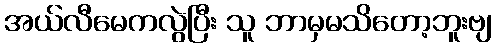
အယ်လီမေကလွဲပြီး သူ ဘာမှမသိတော့ဘူးဗျ